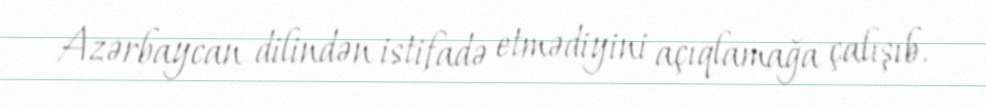
Azərbaycan dilindən istifadə etmədiyini açıqlamağa çalışıb.